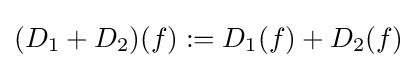
(D_{1}+D_{2})(f):={D}_{1}(f)+{D}_{2}(f)